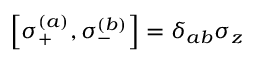
\left[ \sigma _ { + } ^ { ( a ) } , \sigma _ { - } ^ { ( b ) } \right] = \delta _ { a b } \sigma _ { z }